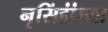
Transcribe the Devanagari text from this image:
नृसिंहांंच्या